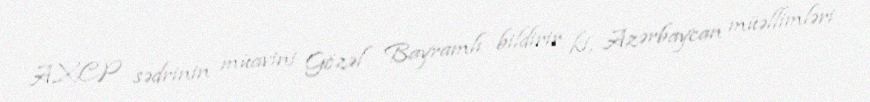
AXCP sədrinin müavini Gözəl Bayramlı bildirir ki, Azərbaycan müəllimləri